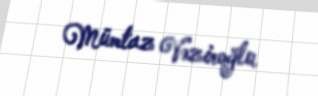
Mümtaz Vəziroğlu